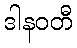
ဒါနဝတီ